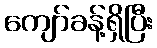
ကျော်ခန့်ရှိပြီး